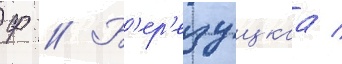
Ф // Б'ер'езуцкаа /